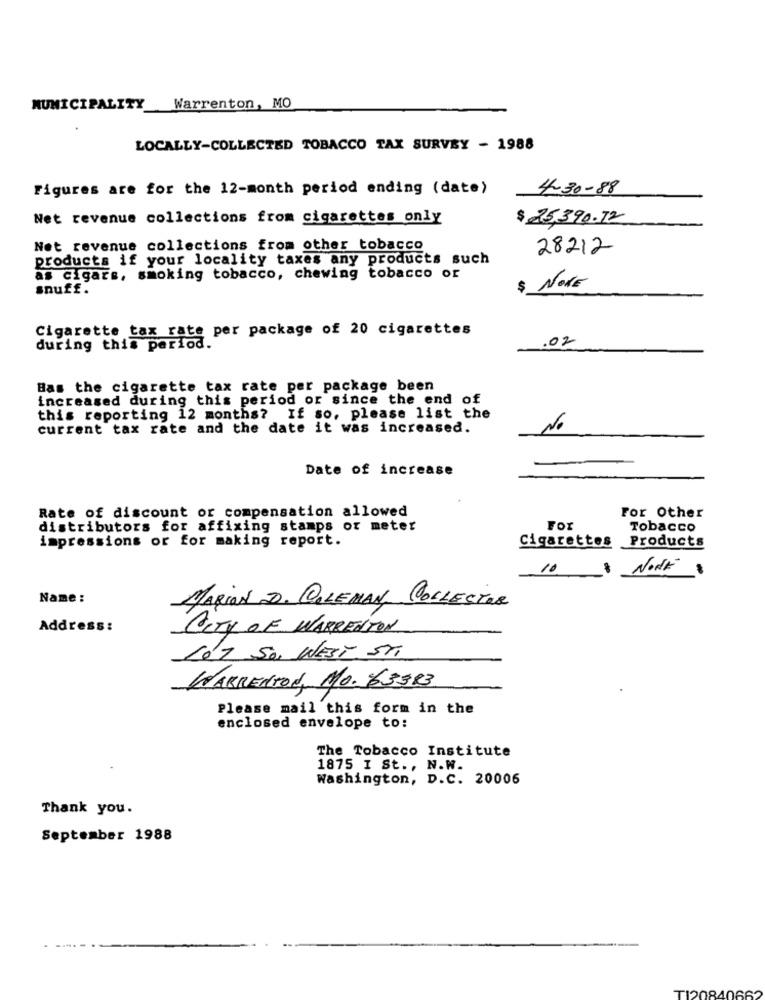
MUNICIPALITY Warrenton, MO
LOCALLY-COLLECTED TOBACCO TAX SURVEY - 1988
Figures are for the 12-month period ending (date)
4-30-88
Net revenue collections from cigarettes only
$25,390.72
Net revenue collections from other tobacco
28212
products if your locality taxes any products such
as cigars, smoking tobacco, chewing tobacco or
$ NOVE
snuff.
Cigarette tax rate per package of 20 cigarettes
during this period.
.02
Bas the cigarette tax rate per package been
increased during this period or since the end of
this reporting 12 months? If so, please list the
current tax rate and the date it was increased.
No
Date of increase
Rate of discount or compensation allowed
For Other
distributors for affixing stamps or meter
For
Tobacco
impressions or for making report.
Cigarettes
Products
10
NONE
Name :
MARION D. COLEMAN COLLECTOR
Address :
CITY OF WARRENTON
LOT SU WEST Sti
WARRENTOd, MO. 63383
Please mail this form in the
enclosed envelope to:
The Tobacco Institute
1875 I St ., N.W.
Washington, D.C. 20006
Thank you.
September 1988
TI20840662